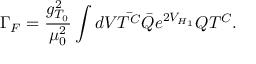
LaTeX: \Gamma _ { F } = \frac { g _ { T _ { 0 } } ^ { 2 } } { \mu _ { 0 } ^ { 2 } } \int d V \bar { T ^ { C } } \bar { Q } e ^ { 2 V _ { H _ { 1 } } } Q T ^ { C } .